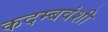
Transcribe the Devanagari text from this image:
कदम्बवंशी